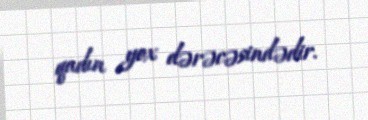
qadın yox dərəcəsindədir.